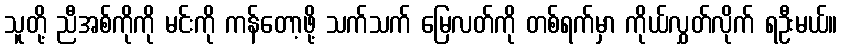
သူတို့ ညီအစ်ကိုကို မင်းကို ကန်တော့ဖို့ သက်သက် မြေလတ်ကို တစ်ရက်မှာ ကိုယ်လွှတ်လိုက် ရဦးမယ်။